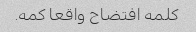
کلمه افتضاح واقعا کمه.